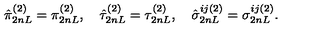
\hat { \pi } _ { 2 n L } ^ { ( 2 ) } = \pi _ { 2 n L } ^ { ( 2 ) } , \quad \hat { \tau } _ { 2 n L } ^ { ( 2 ) } = \tau _ { 2 n L } ^ { ( 2 ) } , \quad \hat { \sigma } _ { 2 n L } ^ { i j ( 2 ) } = \sigma _ { 2 n L } ^ { i j ( 2 ) } .